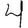
Digit: 4